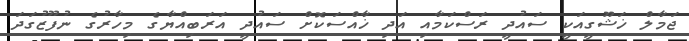
ޖަމާލް ޚަޝޫގީއަކީ ސައުދީ ރަސްކަމާއި އަދި ޚާއްސަކޮށް ސައުދީ އަރަބިއްޔާގެ މިހާރުގެ ނުފޫޒުގަދަ